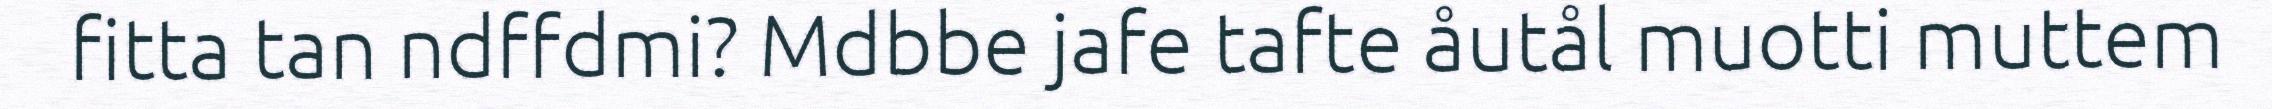
fitta tan ndffdmi? Mdbbe jafe tafte åutål muotti muttem